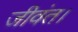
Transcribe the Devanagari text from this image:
जीवंत।